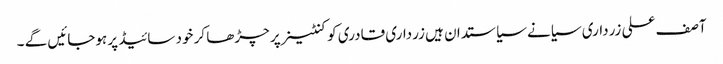
آصف علی زرداری سیانے سیاستدان ہیں زرداری قادری کو کنٹینر پر چڑھا کر خود سائیڈ پر ہوجائیں گے ۔